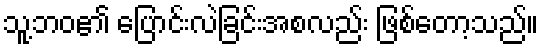
သူ့ဘဝ၏ ပြောင်းလဲခြင်းအစလည်း ဖြစ်တော့သည်။